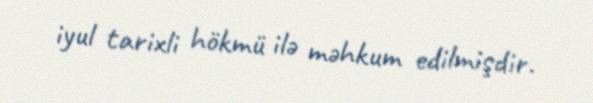
iyul tarixli hökmü ilə məhkum edilmişdir.